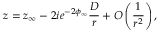
z = z _ { \infty } - 2 i e ^ { - 2 \phi _ { \infty } } \frac { { \cal D } } { r } + O \left( \frac { 1 } { r ^ { 2 } } \right) ,